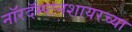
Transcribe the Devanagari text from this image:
नॉरदॅम्प्टनशायरच्या